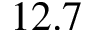
1 2 . 7